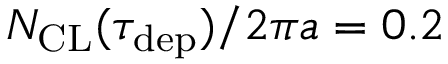
N _ { \mathrm { C L } } ( \tau _ { \mathrm { d e p } } ) / 2 \pi a = 0 . 2